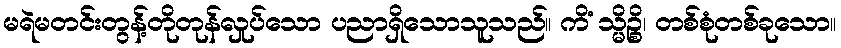
မရဲမတင်းတွန့်တိုတုန်လှုပ်သော ပညာရှိသောသူသည်။ ကိံ သ္မိဉ္စိ၊ တစ်စုံတစ်ခုသော။